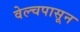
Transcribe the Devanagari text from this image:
वेल्चपासून